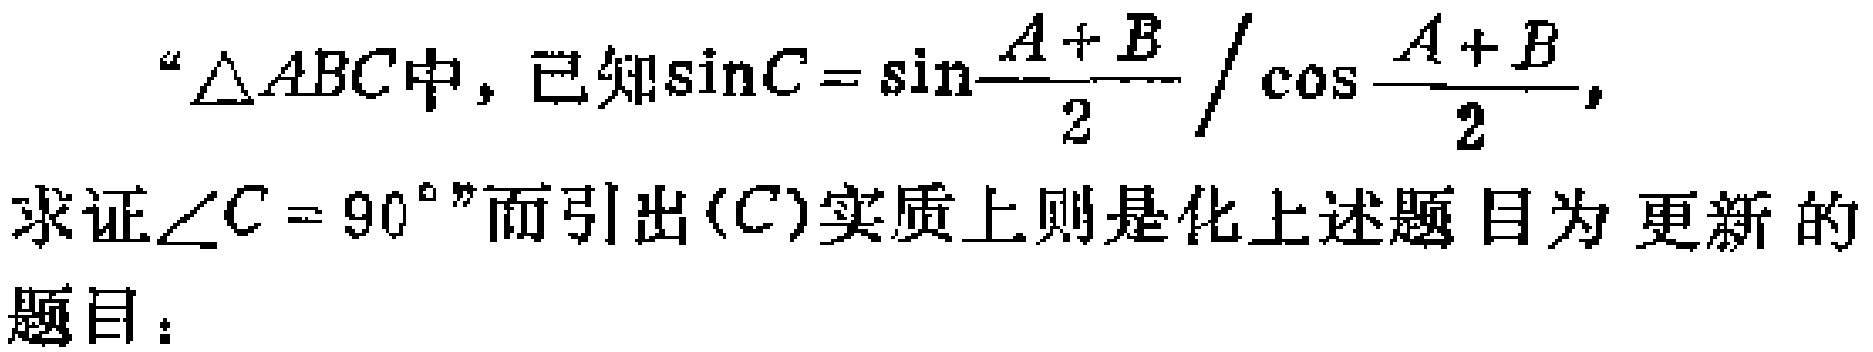
“$\triangle ABC$中，已知$\sin C = \sin\frac{A + B}{2} / \cos\frac{A + B}{2},$ 求证$\angle C = 90^{\circ}$”而引出$(C)$实质上则是化上述题目为 更新的题目：